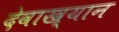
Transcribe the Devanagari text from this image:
देवाख्यान